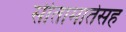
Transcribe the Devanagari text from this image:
सीतामातेसह